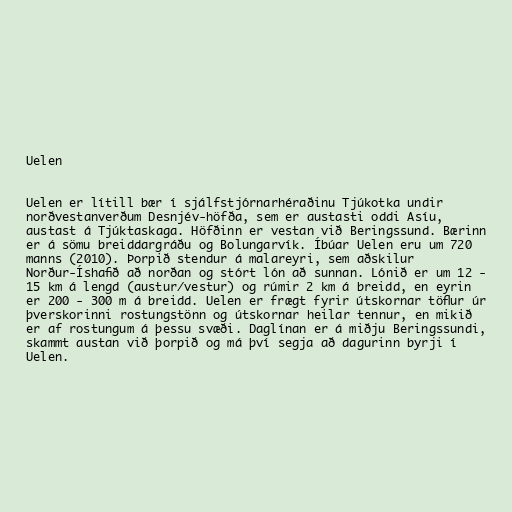
Uelen

Uelen er lítill bær í sjálfstjórnarhéraðinu Tjúkotka undir
norðvestanverðum Desnjév-höfða, sem er austasti oddi Asíu,
austast á Tjúktaskaga. Höfðinn er vestan við Beringssund. Bærinn
er á sömu breiddargráðu og Bolungarvík. Íbúar Uelen eru um 720
manns (2010). Þorpið stendur á malareyri, sem aðskilur
Norður-Íshafið að norðan og stórt lón að sunnan. Lónið er um 12 -
15 km á lengd (austur/vestur) og rúmir 2 km á breidd, en eyrin
er 200 - 300 m á breidd. Uelen er frægt fyrir útskornar töflur úr
þverskorinni rostungstönn og útskornar heilar tennur, en mikið
er af rostungum á þessu svæði. Daglínan er á miðju Beringssundi,
skammt austan við þorpið og má því segja að dagurinn byrji í
Uelen.